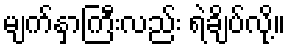
မျက်နှာကြီးလည်း ရဲချိပ်လို့။